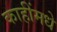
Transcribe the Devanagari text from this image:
काहींमधे